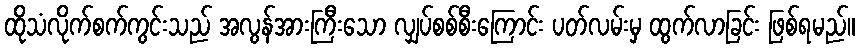
ထိုသံလိုက်စက်ကွင်းသည် အလွန်အားကြီးသော လျှပ်စစ်စီးကြောင်း ပတ်လမ်းမှ ထွက်လာခြင်း ဖြစ်ရမည်။